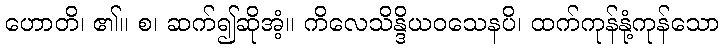
ဟောတိ၊ ၏။ စ၊ ဆက်၍ဆိုအံ့။ ကိလေသိန္ဒိယဝသေနပိ၊ ထက်ကုန်နုံ့ကုန်သော